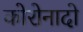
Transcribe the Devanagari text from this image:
कोरोनादो